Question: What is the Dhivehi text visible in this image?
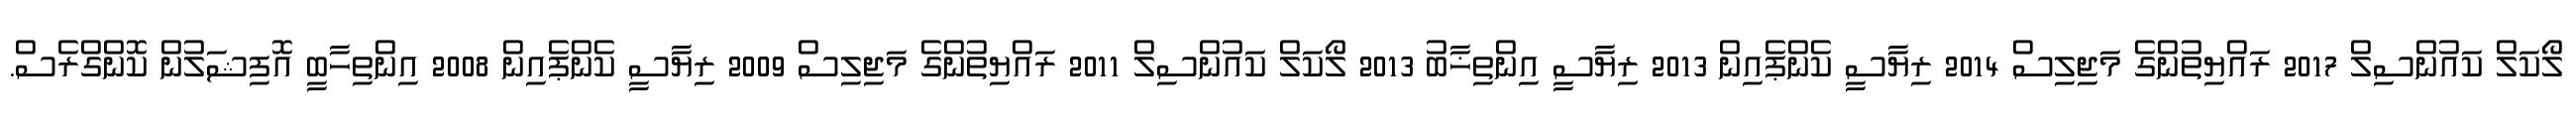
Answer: ލޯކަލް ކައުންސިލް 2017 ރައްޔިތުންގެ މަޖިލިސް 2014 ރިޔާސީ ކެންޕެއިން 2013 ރިޔާސީ އިންތިޚާބު 2013 ލޯކަލް ކައުންސިލް 2011 ރައްޔިތުންގެ މަޖިލިސް 2009 ރިޔާސީ ކެންޕެއިން 2008 އިންތިހާބީ އޮފިޝަލުން ކޮންގްރެސް.